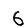
Digit: 6